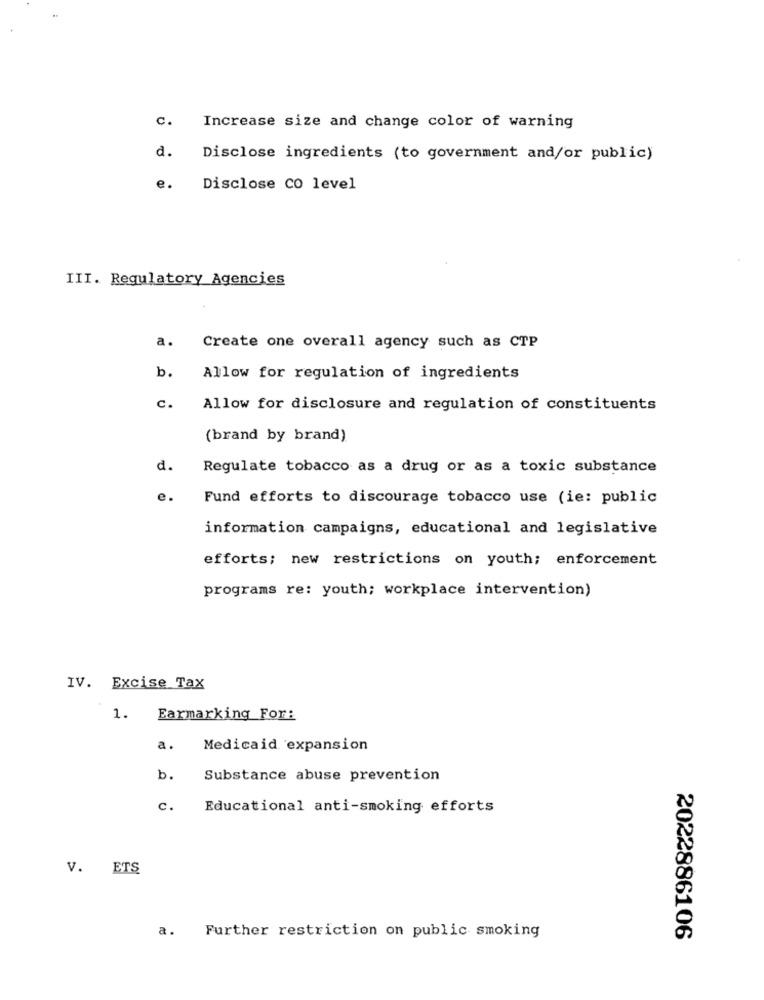
C.
Increase size and change color of warning
d.
Disclose ingredients (to government and/or public)
e.
Disclose CO level
III. Regulatory Agencies
a.
Create one overall agency such as CTP
b.
Allow for regulation of ingredients
C.
Allow for disclosure and regulation of constituents
(brand by brand)
d.
Regulate tobacco as a drug or as a toxic substance
e.
Fund efforts to discourage tobacco use (ie: public
information campaigns, educational and legislative
efforts; new restrictions on youth; enforcement
programs re: youth; workplace intervention)
IV. Excise Tax
1.
Earmarking For:
a.
Medicaid expansion
b.
Substance abuse prevention
c.
Educational anti-smoking efforts
V. ETS
a.
Further restriction on public smoking
2022886106